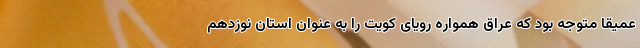
عمیقاً متوجه بود که عراق همواره رویای کویت را به عنوان استان نوزدهم